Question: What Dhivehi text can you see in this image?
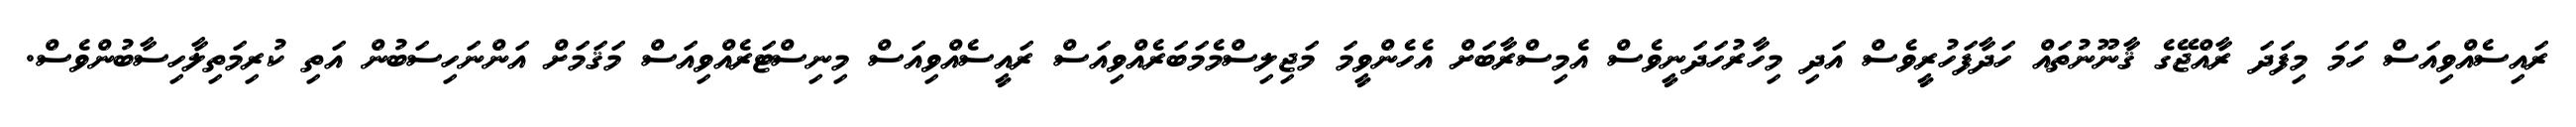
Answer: ރައިސެއްވިއަސް ހަމަ މިފަދަ ރާއްޖޭގެ ޤާނޫނުތައް ހަދާފަހުރީވެސް އަދި މިހާރުހަދަނީވެސް އެމިސްރާބަށް އެހެންވީމަ މަޖިލިސްމެމަބަރެއްވިއަސް ރައީސެއްވިއަސް މިނިސްޓަރެއްވިއަސް މަޤަމަށް އަންނަހިސަބުން އަތި ކުރިމަތިލާހިސާބުންވެސް.